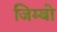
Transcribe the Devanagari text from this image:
जिम्बो